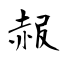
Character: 赧